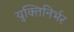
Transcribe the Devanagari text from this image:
युक्तिनिर्भर